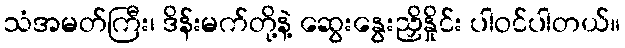
သံအမတ်ကြီး၊ ဒိန်းမက်တို့နဲ့ ဆွေးနွေးညှိနှိုင်း ပါဝင်ပါတယ်။